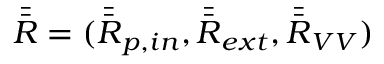
\bar { \bar { \boldsymbol { R } } } = ( \bar { \bar { \boldsymbol { R } } } _ { p , i n } , \bar { \bar { \boldsymbol { R } } } _ { e x t } , \bar { \bar { \boldsymbol { R } } } _ { V V } )